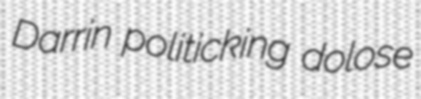
Darrin politicking dolose